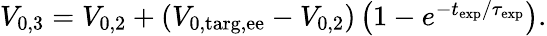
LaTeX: \begin{array}{r}{V_{\mathrm{0,3}}=V_{\mathrm{0,2}}+\left(V_{\mathrm{0,targ,ee}}-V_{\mathrm{0,2}}\right)\left(1-e^{-t_{\mathrm{exp}}/\tau_{\mathrm{exp}}}\right).}\end{array}